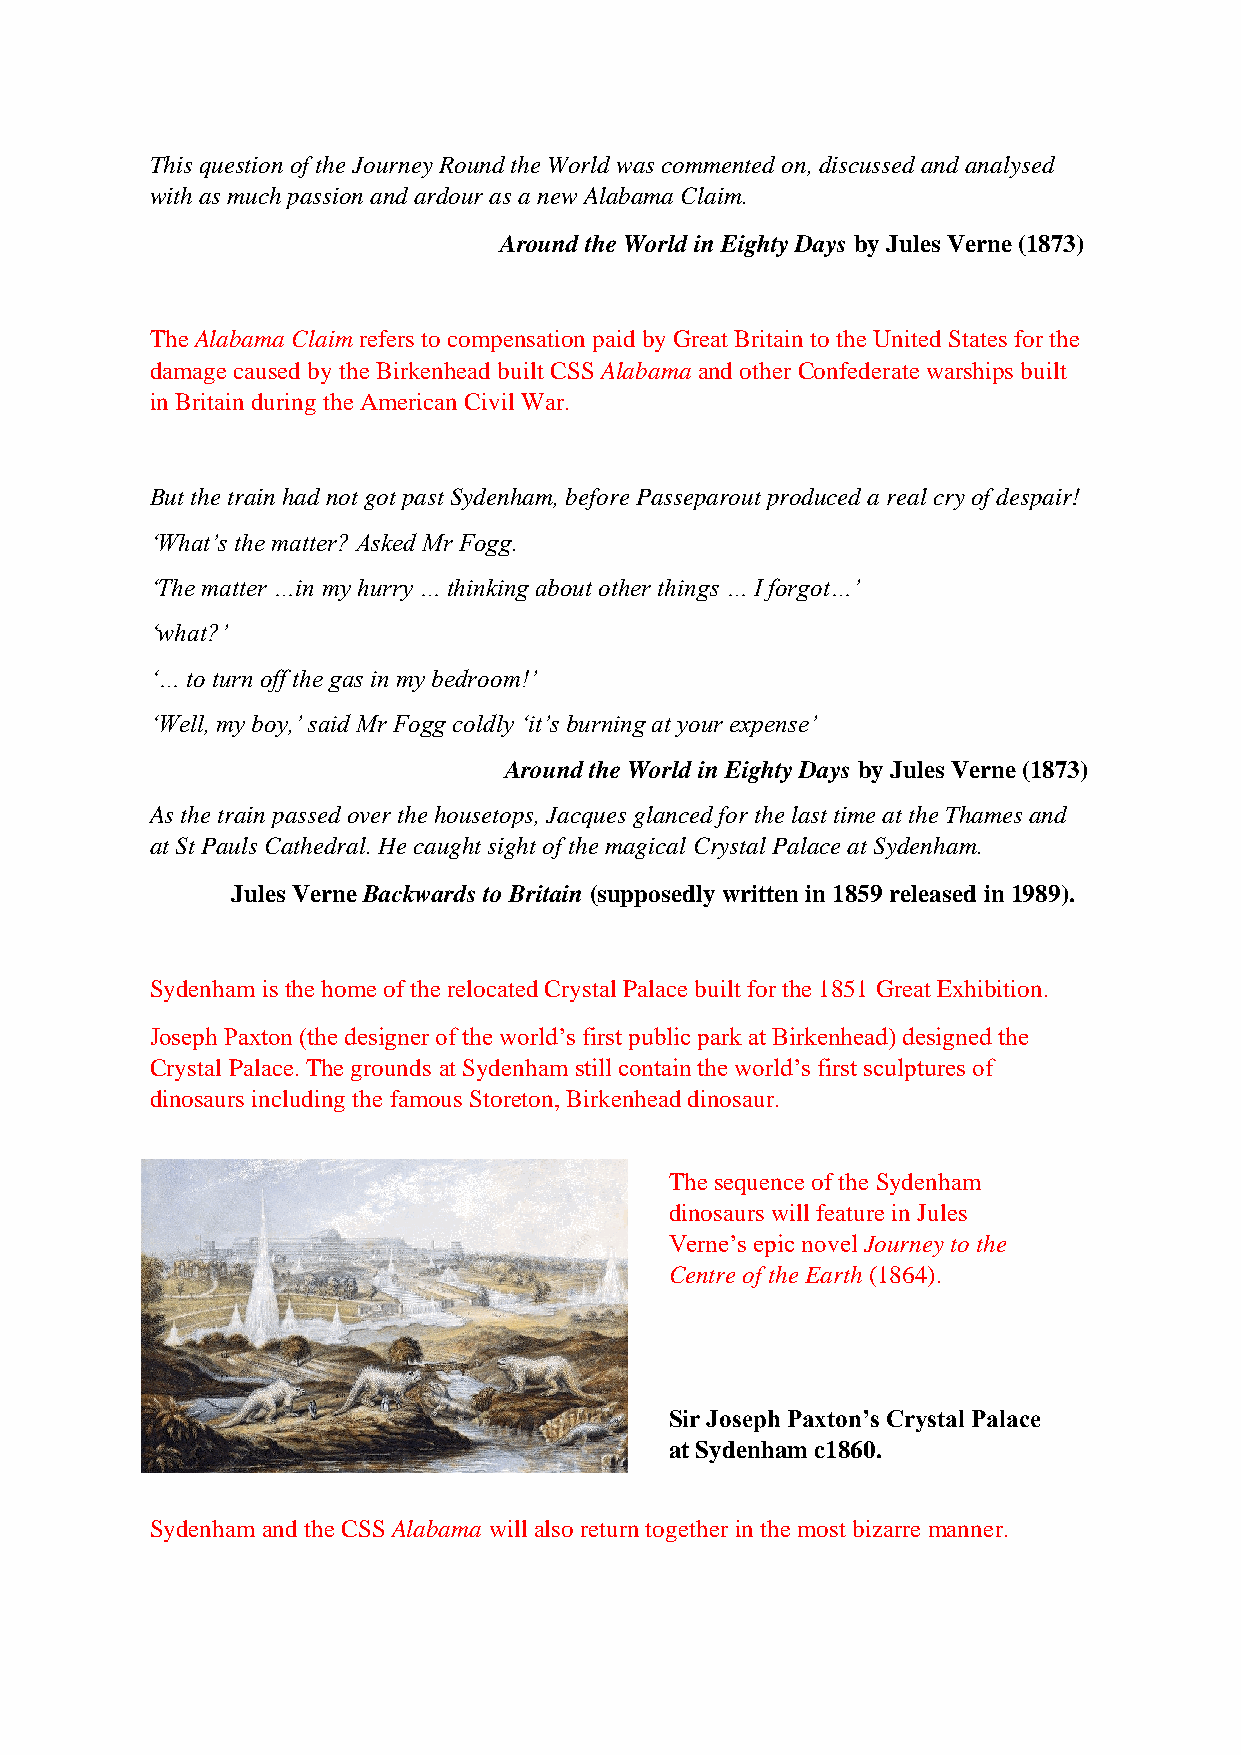
This question of the Journey Round the World was commented on, discussed and analysed
 with as much passion and ardour as a new Alabama Claim.
 Around the World in Eighty Days by Jules Verne (1873)
 The Alabama Claim refers to compensation paid by Great Britain to the United States for the
 damage caused by the Birkenhead built CSS Alabama and other Confederate warships built
 in Britain during the American Civil War.
 But the train had not got past Sydenham, before Passeparout produced a real cry of despair!
 ‘What’s the matter? Asked Mr Fogg.
 ‘The matter …in my hurry … thinking about other things … I forgot…’
 ‘what?’
 ‘… to turn off the gas in my bedroom!’
 ‘Well, my boy,’ said Mr Fogg coldly ‘it’s burning at your expense’
 A   Around the World in Eighty Days by Jules Verne (1873)
 As the train passed over the housetops, Jacques glanced for the last time at the Thames and
 at St Pauls Cathedral. He caught sight of the magical Crystal Palace at Sydenham.
 Jules Verne Backwards to Britain (supposedly written in 1859 released in 1989).
 Sydenham is the home of the relocated Crystal Palace built for the 1851 Great Exhibition.
 Joseph Paxton (the designer of the world’s first public park at Birkenhead) designed the
 Crystal Palace. The grounds at Sydenham still contain the world’s first sculptures of
 dinosaurs including the famous Storeton, Birkenhead dinosaur.
 The sequence of the Sydenham
 dinosaurs will feature in Jules
 Verne’s epic novel Journey to the
 Centre of the Earth (1864).
 Sir Joseph Paxton’s Crystal Palace
 at Sydenham c1860.
 Sydenham and the CSS Alabama will also return together in the most bizarre manner.